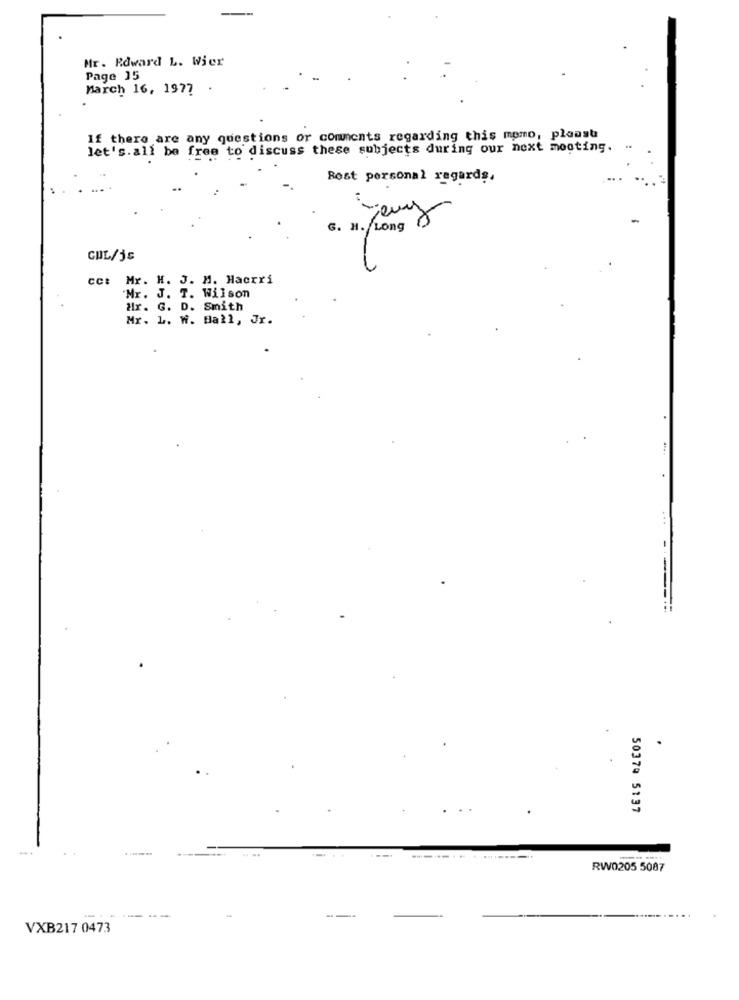
Mr. Edward L. Wier
Page 15
March 16, 1977
If there are any questions or comments regarding this memo, plaast
let's.all be free to discuss these subjects during our next mooting.
Rost personal regards,
Jours
G. H. Long
GUL/js
cc: Mr. H. J. M. Hacrri
"Mr. J. T. Wilson
Hr. G. D. Smith
Mr. L. W. Ball, Jr.
-
---
50379 5137
RW0205 5087
VXB217 0473